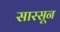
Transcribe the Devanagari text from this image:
सारसून